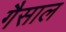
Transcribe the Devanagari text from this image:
गैसाल